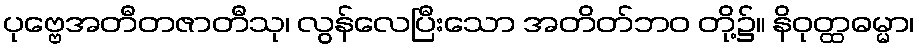
ပုဗ္ဗေအတီတဇာတီသု၊ လွန်လေပြီးသော အတိတ်ဘဝ တို့၌။ နိဝုတ္ထဓမ္မာ၊